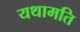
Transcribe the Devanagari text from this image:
यथामति